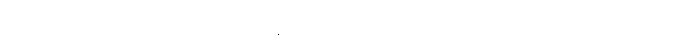
မနေ့က ရည်းစား ကောင်မလေးနဲ့ ရန်ဖြစ်ထားတာ အခုထိ စိတ်ဆိုးမပြေသေးဘူး။